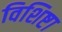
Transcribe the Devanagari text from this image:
विशिष्टा